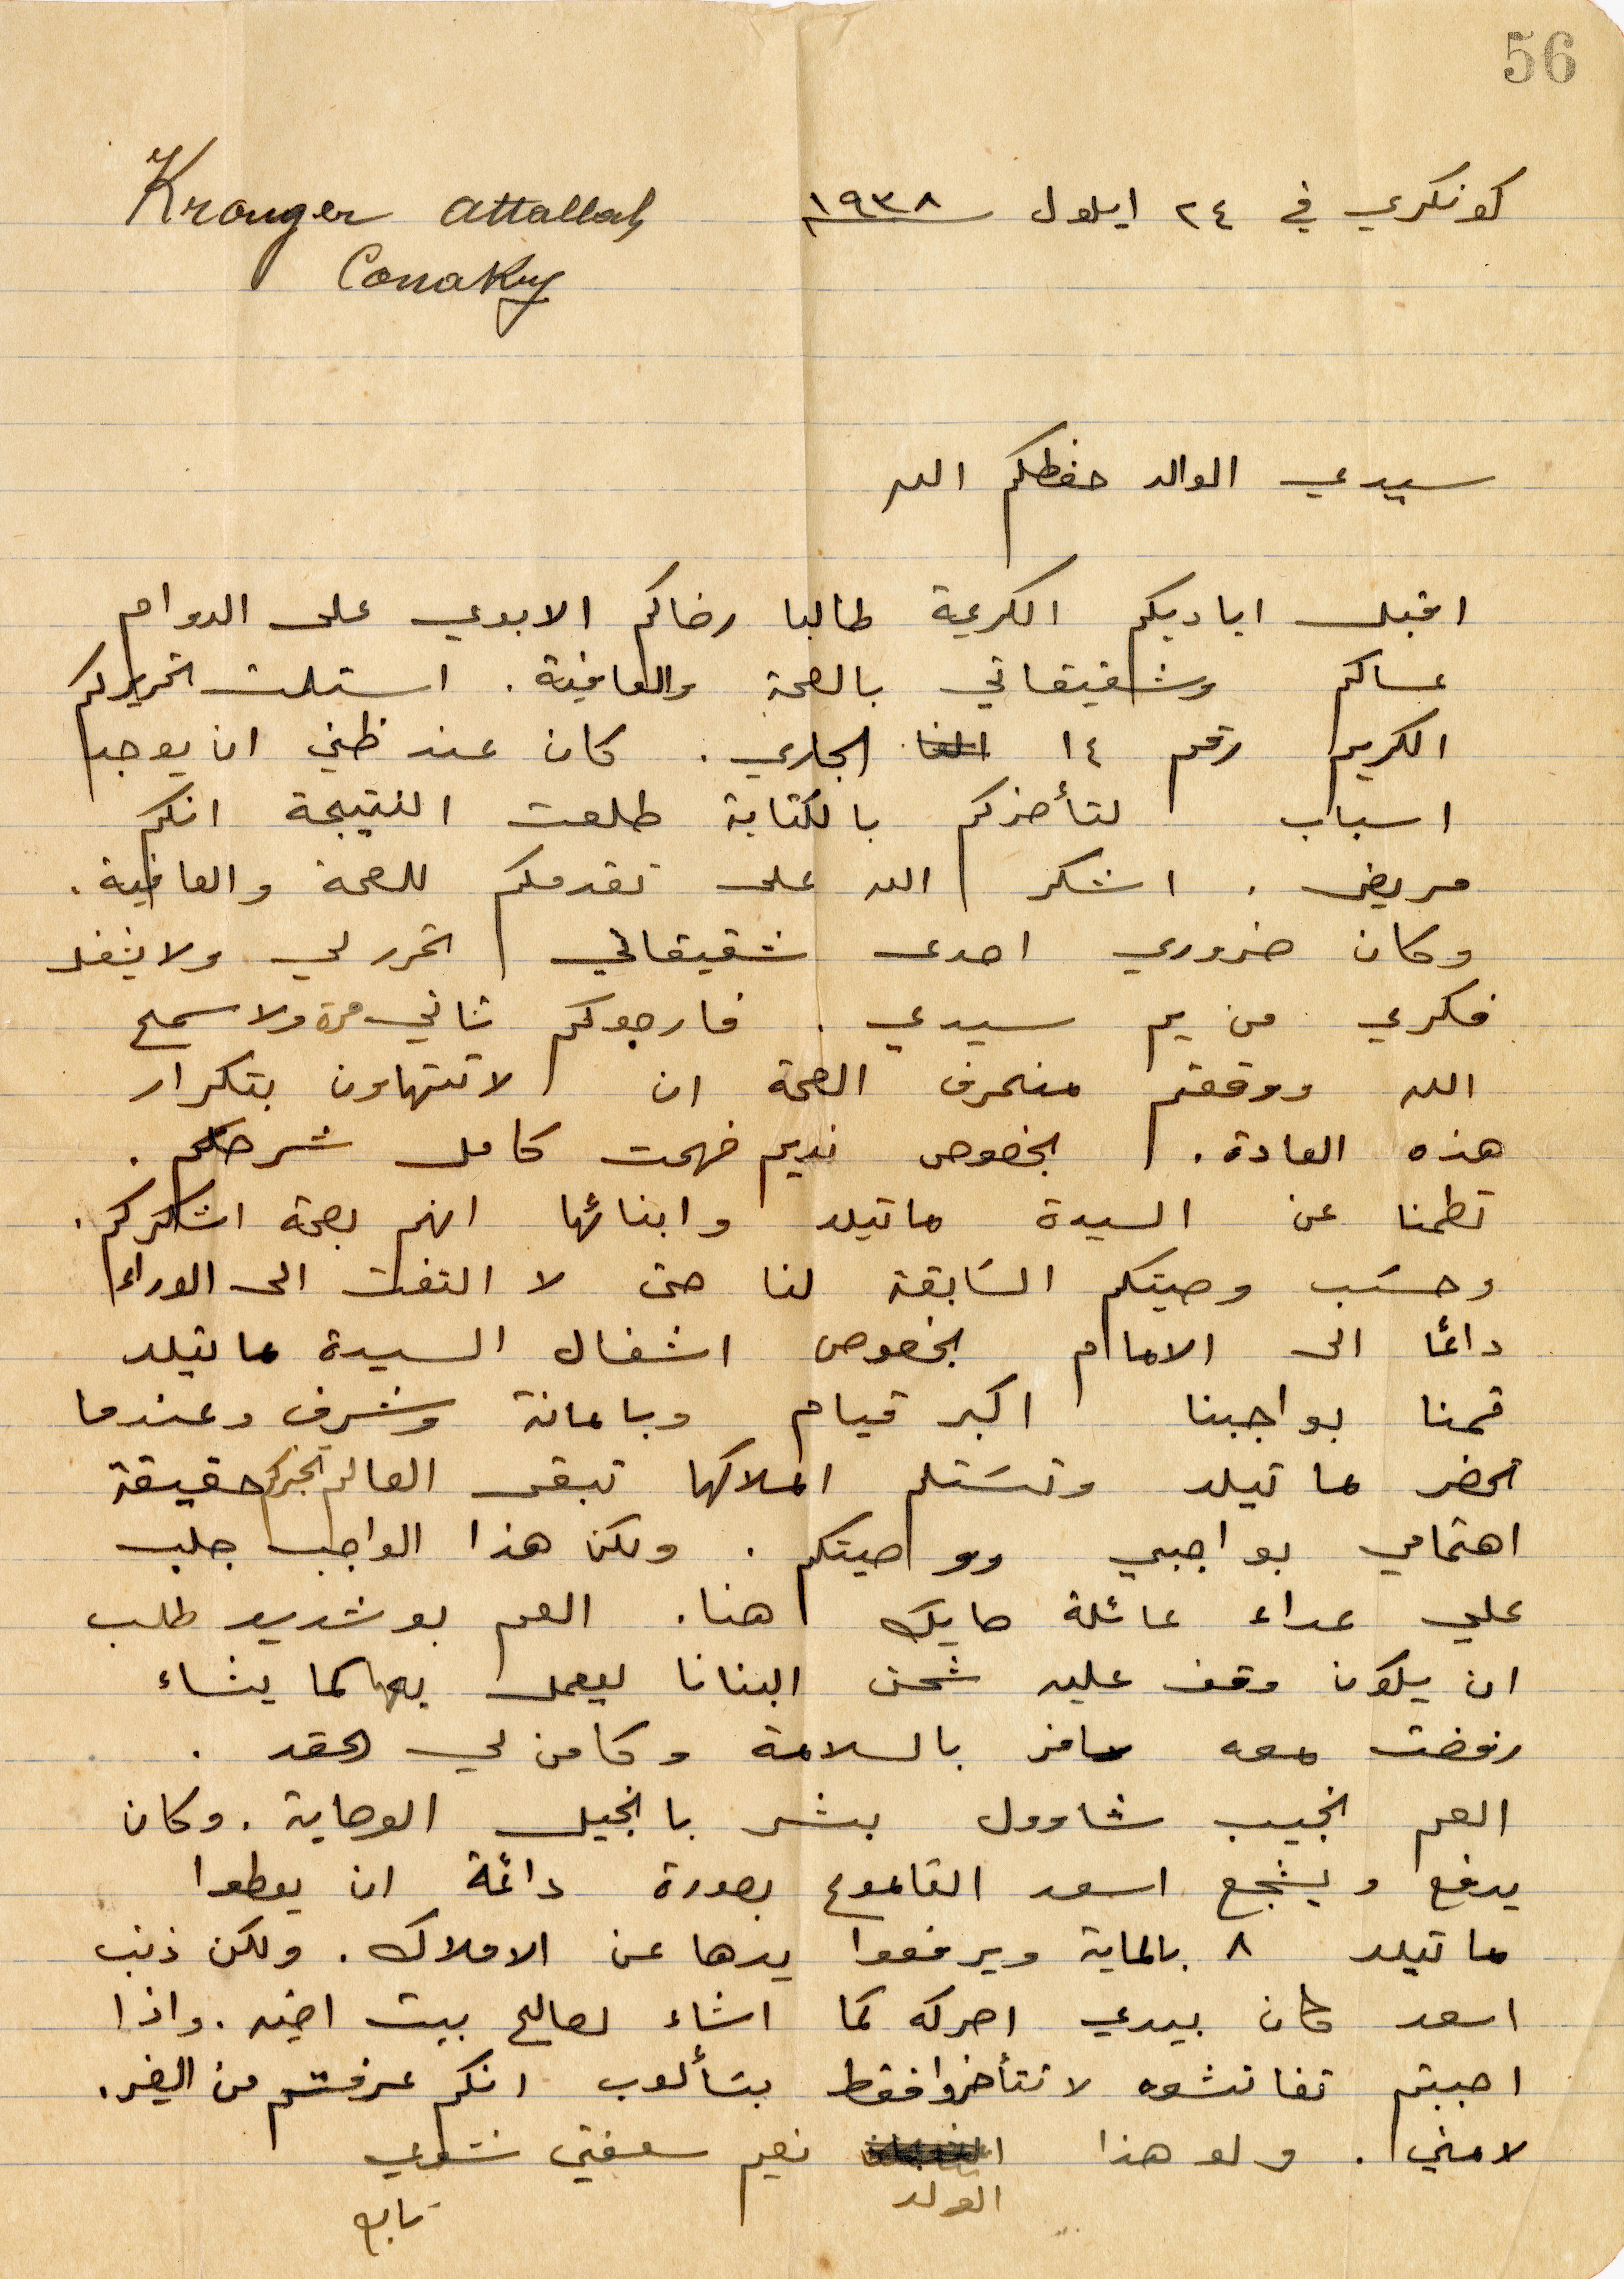
كونكري في ٢٤ أيلول ١۹۳٨
سيدي الوالد حفظكم الله
اقبل اياديكم الكريمة طالبًا رضاكم الابدي على الدوام
عساكم وشقيقاتي الصحة والعافية. استلمت تحريركم
الكريم رقم ١٤ الجاري. كان عند ظني ان يوجد
أسباب لتأخركم بالكتابة طلعت النتيجة انكم
مريض. اشكر الله على تقدمكم للصحة والعافية.
وكان ضروري احدى شقيقاتي تحرر لي ولا يشغل
فكري من يم سيدي. فارجوكم ثاني مرة ولا سمح
الله ووقعتم منحرف الصحة ان لا تتهاون بتكرار
هذه العادة. بخصوص نديم فهمت كامل شرحكم.
تطمنا عن السيدة ماتيلد وابنائها انهم بصحة اشكركم.
وحسب وصيتكم السابقة لنا حتى لا التفت الى الوراء
دائمًا الى الاما بخصوص اشغال السيدة ماتيلد
قمنا بواجبنا اكبر قيام وبامانة وشرف عندما
تحضر ماتيلد وتستلم املاكها تبقى العالم تخبركم حقيقة
اهتمامي بواجبي ووصيتكم. ولكن هذا الواجب جلب
على عداء عائلة حايك هنا. العم بو شديد طلب
ان يكون وقف علين شحن البنانا ليعمل به كما يشاء
رفضت معه سافر بالسلامة وكامن لي الحقد
العام نجيب شاوول بشر بانجيل الوصاية. وكان
يدفع ويشجع اسعد القاموع بصورة دائمة ان يعطوا
ماتيلد ٨ بالماية ويرفعوا يدها عن الأملاك. ولكن ذنب
اسعد كان بيدي احركه كما اشاء لصالح بيت أخيه. واذا
احببتم تناقشوه ولا تتأخروا فقط بتألوب اكم عرفتم من الغير.
لا مني. ولو هذا الولد نعيم سلفني شوي